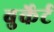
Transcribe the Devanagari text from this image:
बुर्केर्ट